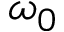
\omega _ { 0 }